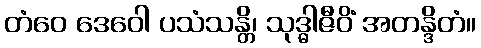
တံဝေ ဒေဝေါ ပသံသန္တိ၊ သုဒ္ဓါဇီဝိံ အတန္ဒိတံ။